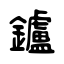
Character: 鑪